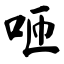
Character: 咂